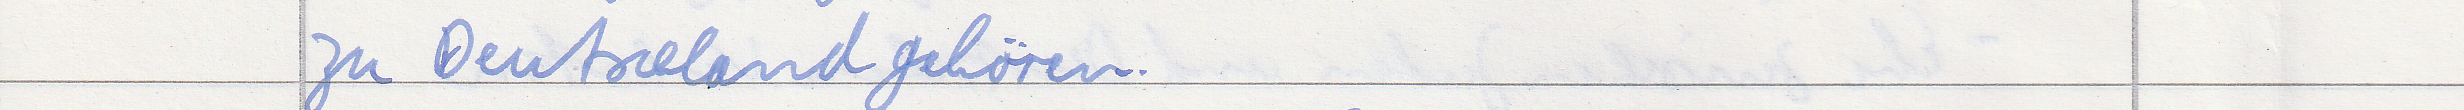
zu Deutschland gehören.